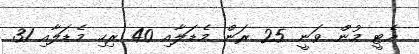
އެޓީ މުން ވަނީ 25 ރަން މެޑަލާއި 40 ރިހި މެޑަލާއި 31